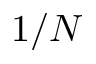
1 / N